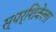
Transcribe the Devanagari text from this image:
स्पर्शिकेला